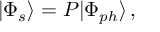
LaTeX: | \Phi _ { s } \rangle = P | \Phi _ { p h } \rangle \, ,